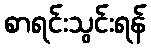
စာရင်းသွင်းရန်